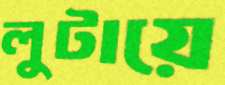
লুটায়ে